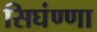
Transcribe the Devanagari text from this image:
सिघंण्णा